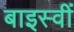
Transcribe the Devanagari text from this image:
बाइस्वीं